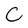
Character: C